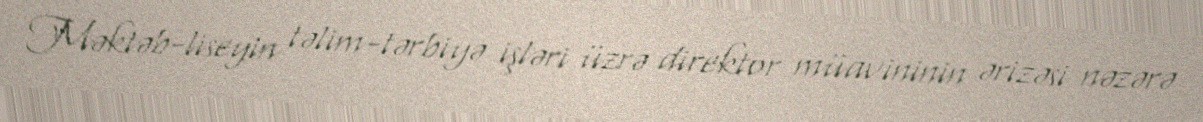
Məktəb-liseyin təlim-tərbiyə işləri üzrə direktor müavininin ərizəsi nəzərə